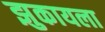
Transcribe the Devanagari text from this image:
झुकायला